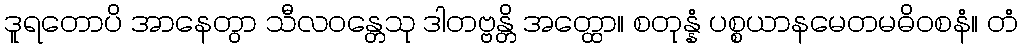
ဒူရတောပိ အာနေတွာ သီလဝန္တေသု ဒါတဗ္ဗန္တိ အတ္ထော။ စတုန္နံ ပစ္စယာနမေတမဓိဝစနံ။ တံ